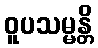
ဝူပသမ္မန္တိ